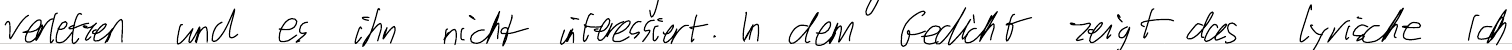
verletzen und es ihn nicht interessiert. In dem Gedicht zeigt das lyrische Ich